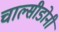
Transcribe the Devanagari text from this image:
चाल्सीडोनी